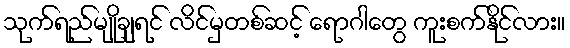
သုက်ရည်မျိုချရင် လိင်မှတစ်ဆင့် ရောဂါတွေ ကူးစက်နိုင်လား။